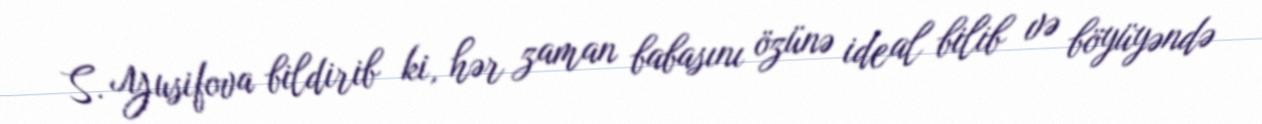
S. Yusifova bildirib ki, hər zaman babasını özünə ideal bilib və böyüyəndə